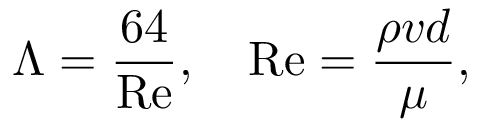
\Lambda = { \frac { 6 4 } { \mathrm { R e } } } , \quad \mathrm { R e } = { \frac { \rho v d } { \mu } } ,